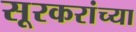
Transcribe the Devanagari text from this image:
सूरकरांच्या